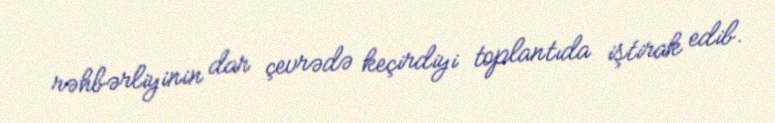
rəhbərliyinin dar çevrədə keçirdiyi toplantıda iştirak edib.